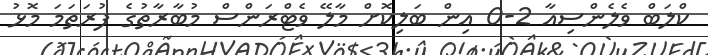
ކްލަބް ވެލެންސިއާ 2-0 އިން ބަލިކޮށް މާލޭ ވެޓްރަންސް މުބާރާތުގެ ފުރަތަމަ މޮޅު